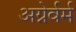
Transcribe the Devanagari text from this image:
अग्नेर्वर्म